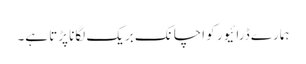
ہمارے ڈرائیور کو اچانک بریک لگانا پڑتا ہے۔